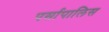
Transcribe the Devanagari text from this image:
पर्सापालिस